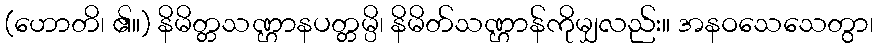
(ဟောတိ၊ ၏။) နိမိတ္တသဏ္ဌာနပတ္တမ္ပိ၊ နိမိတ်သဏ္ဌာန်ကိုမျှလည်း။ အနဝသေသေတွာ၊